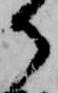
御